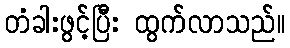
တံခါးဖွင့်ပြီး ထွက်လာသည်။